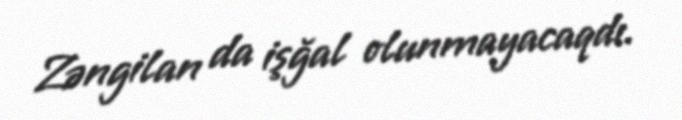
Zəngilan da işğal olunmayacaqdı.